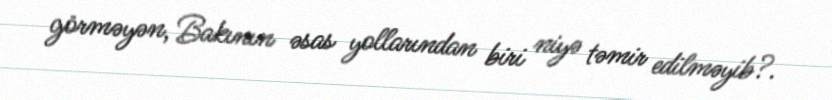
görməyən, Bakının əsas yollarından biri niyə təmir edilməyib?.